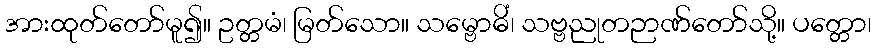
အားထုတ်တော်မူ၍။ ဥတ္တမံ၊ မြတ်သော။ သမ္ဗောဓိံ၊ သဗ္ဗညုတဉာဏ်တော်သို့။ ပတ္တော၊